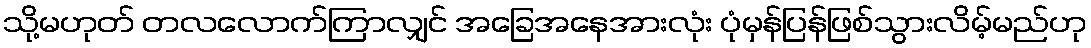
သို့မဟုတ် တလလောက်ကြာလျှင် အခြေအနေအားလုံး ပုံမှန်ပြန်ဖြစ်သွားလိမ့်မည်ဟု